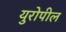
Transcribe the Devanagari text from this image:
युरोपील